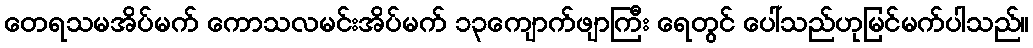
တေရသမအိပ်မက် ကောသလမင်းအိပ်မက် ၁၃ကျောက်ဖျာကြီး ရေတွင် ပေါ်သည်ဟုမြင်မက်ပါသည်။